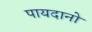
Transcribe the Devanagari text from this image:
पायदानो